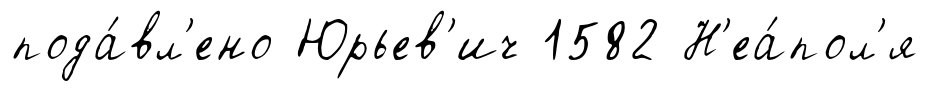
пода́вл'ено Юрьев'ич 1582 Н'еа́пол'я